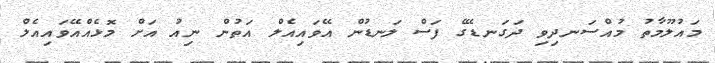
މައުލޫމާތު މުއްސަނދިވި ދަގަނޑޭގެ ފަސް ލަނޑުން އޭވައިއެލް އަތުން ނިއު އަށް މޮޅެއްއޭވައިއެލް